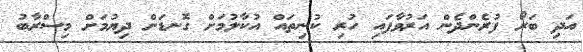
އަދި ބަރޯ ފުރެންދެން އަރުވާފައި ހުރި ކުނިތައް އުކާލުމަށް ގޮނޑަށް ދިޔުމަށް މިސްރާބު